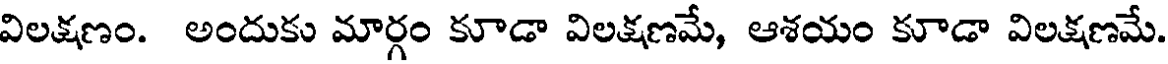
విలక్షణం. అందుకు మార్గం కూడా విలక్షణమే, ఆశయం కూడా విలక్షణమే.